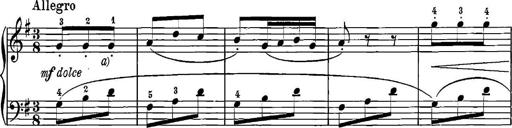
Title: 12 Sonatinas
Composer: Ignaz Pleyel